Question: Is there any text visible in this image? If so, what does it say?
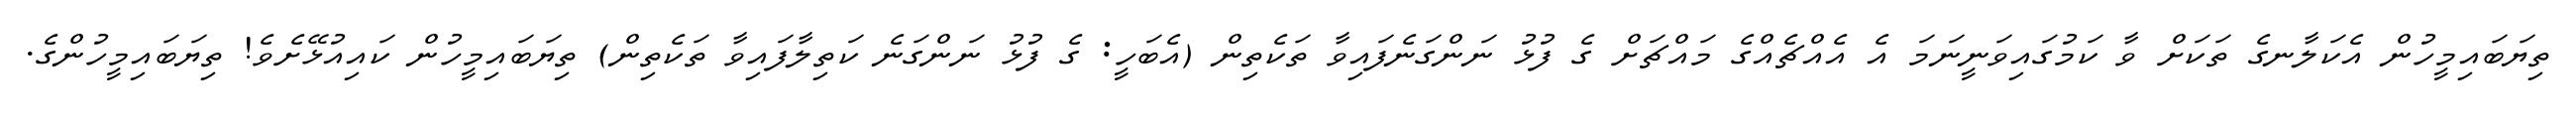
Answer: ތިޔަބައިމީހުން އެކަލާނގެ ތަކަށް ވާ ކަމުގައިވަނީނަމަ އެ އެއްޗެއްގެ މައްޗަށް ގެ ފުޅު ނަންގަނެފައިވާ ތަކެތިން (އެބަހީ: ގެ ފުޅު ނަންގަނެ ކަތިލާފައިވާ ތަކެތިން) ތިޔަބައިމީހުން ކައިއުޅޭށެވެ! ތިޔަބައިމީހުންގެ.